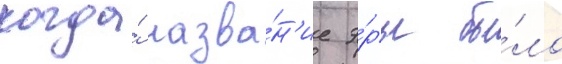
когда́ назва́н'ие э́ры бы́ло